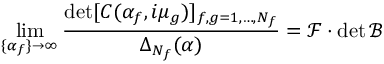
\operatorname * { l i m } _ { \{ \alpha _ { f } \} \to \infty } \frac { \operatorname * { d e t } [ C ( \alpha _ { f } , i \mu _ { g } ) ] _ { f , g = 1 , \dots , N _ { f } } } { \Delta _ { N _ { f } } ( \alpha ) } = \mathcal { F } \cdot \operatorname * { d e t } \mathcal { B }